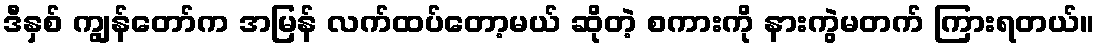
ဒီနှစ် ကျွန်တော်က အမြန် လက်ထပ်တော့မယ် ဆိုတဲ့ စကားကို နားကွဲမတက် ကြားရတယ်။